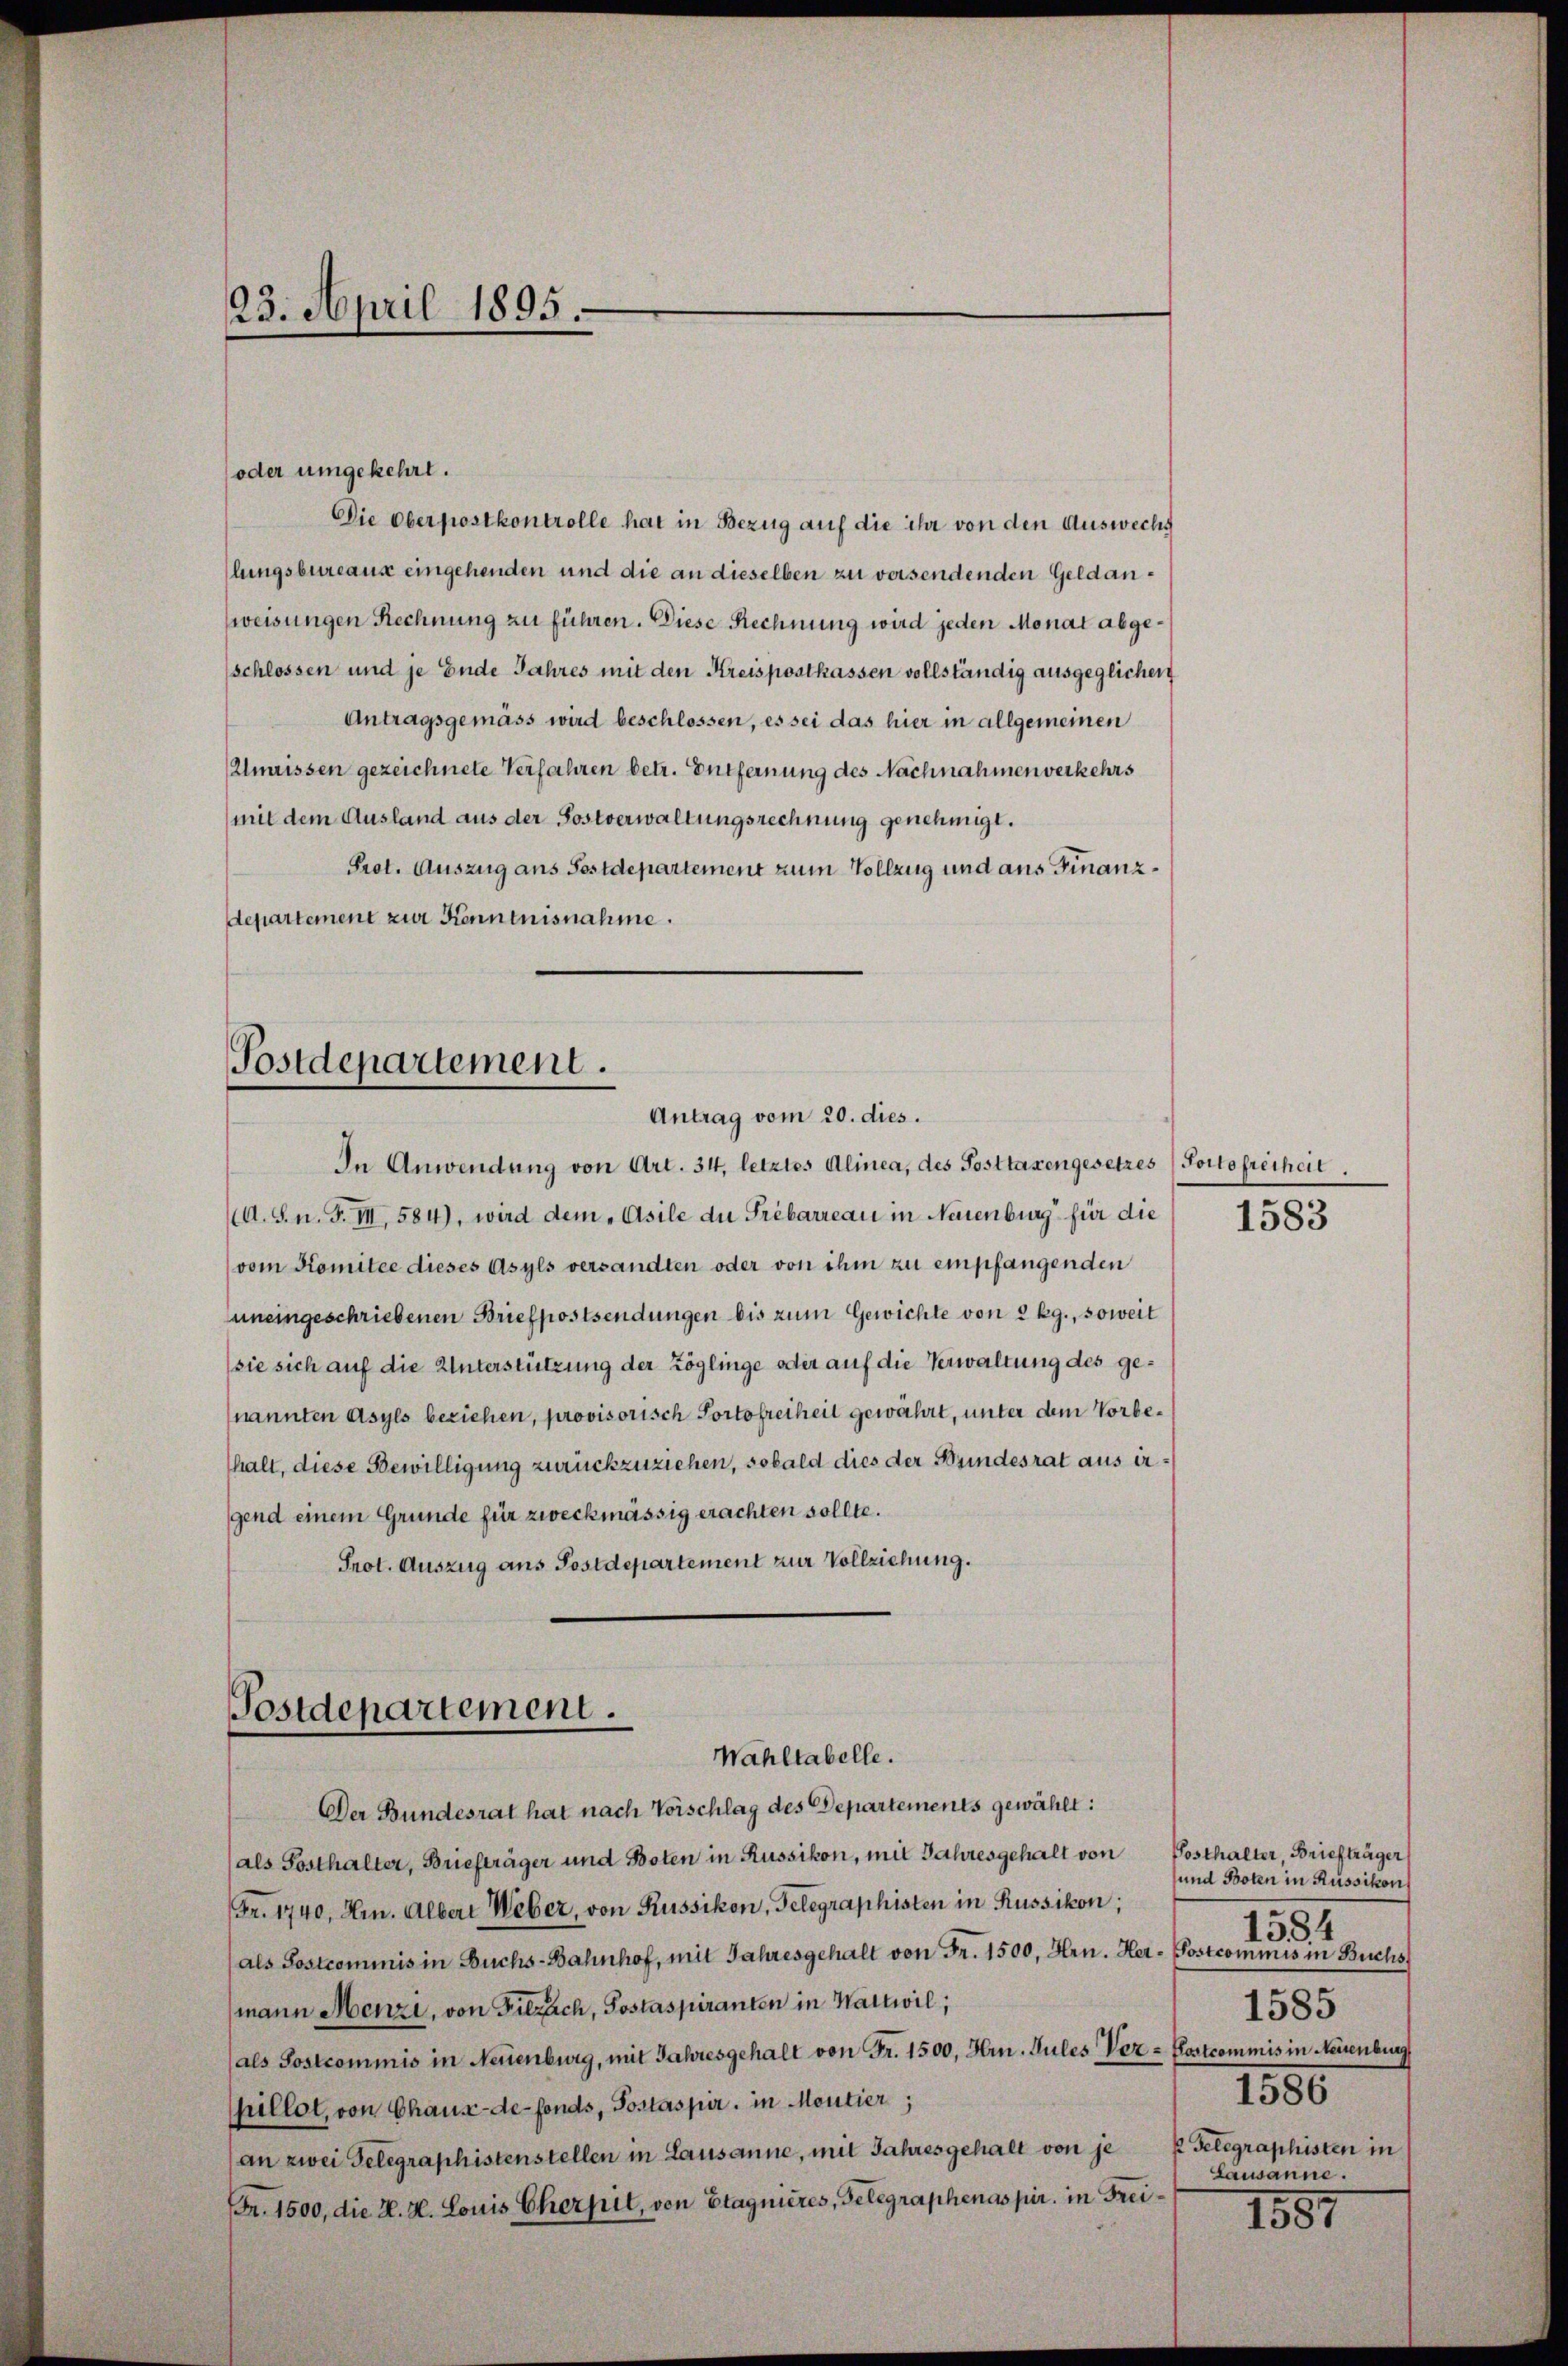
23. April 1895.

(oder umgekehrt.
Die Oberpostkontrolle hat in Bezug auf die ihr von den Auswechs
llungsbureaus eingehenden und die an dieselben zu versendenden Geldanweisungen Rechnung zu führen. Diese Rechnung wird jeden Monat abgeschlossen und je Ende Jahres mit den Kreispostkassen vollständig ausgeglichen
Antragsgemäss wird beschlossen, es sei das hier in allgemeinen
(Umrissen gezeichnete Verfahren betr. Entfernung des Nachnahmen verkehrs
(mit dem Ausland aus der Postverwaltungsrechnung genehmigt.
Prot. Auszug aus Postdepartement zum Vollzug und aus Finanzdepartement zur Kenntnisnahme.
Postdepartement.

Antrag vom 20. dies.

In Anwendung von Art. 34, letztes Alinea, des Posttaxengesetzes (Portofreiheit
A. S. n. F. III, 584), wird dem „Asile die Prébarreau in Neuenburg für die
(vom Komitee dieses Asyls versandten oder von ihm zu empfangenden
uneingeschriebenen Briefpostsendungen bis zum Gewichte von 2 kg., soweit
(sie sich auf die Unterstützung der Zöglinge oder auf die Verwaltung des genannten Asyls beziehen, provisorisch Portofreiheit gewährt, unter dem Vorbethalt, diese Bewilligung zurückzuziehen, sobald dies der Bundesrat aus ergend einem Grunde für zweckmässig erachten sollte.
Prot. Auszug aus Postdepartement zur Vollziehung.

Postdepartement.
Wahltabelle.
Der Bundesrat hat nach Vorschlag des Departements gewählt:

(als Posthalter, Briefträger und Boten in Russikon, mit Jahresgehalt von Posthalter, Briefträger
Fr. 1740, Hrn. Albert Weber, von Russikon, Gelegraphisten in Russikon;
(als Sostcominis in Buchs-Bahnhof, mit Jahresgehalt von Fr. 1500, Hrn. Her-Postcommis in Buchs,
mann Menzi, von Filzach, Postaspiranten in Wattwil;
(als Sostcommis in Neuenburg, mit Jahresgehalt von Fr. 1500, Hrn. Sules Ver-Postcommis in Neuenburg
pillot, von Chaux-de-Fonds, Postaspir, in Moutier,
an zwei Gelegraphistenstellen in Lausanne, mit Jahresgehalt von je P Gelegraphisten in
Fr. 1500, die K. H. Louis Cherpil, von Etagnieres, Gelegraphenas pir. in Frei¬

1583

und Boten in Russikon
1584
1585
1580
Lausanne.

1857